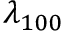
\lambda _ { 1 0 0 }